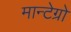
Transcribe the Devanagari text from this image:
मान्टेग्रो